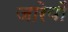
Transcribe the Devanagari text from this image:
जारेयों